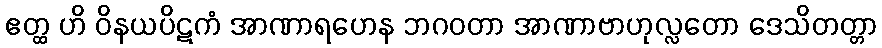
ဧတ္ထ ဟိ ဝိနယပိဋကံ အာဏာရဟေန ဘဂဝတာ အာဏာဗာဟုလ္လတော ဒေသိတတ္တာ